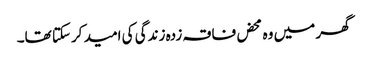
گھر میں وہ محض فاقہ زدہ زندگی کی امید کرسکتا تھا۔